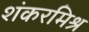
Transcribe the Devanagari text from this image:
शंकरमिश्र